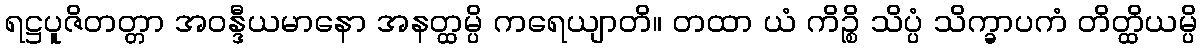
ရဋ္ဌပူဇိတတ္တာ အဝန္ဒီယမာနော အနတ္ထမ္ပိ ကရေယျာတိ။ တထာ ယံ ကိဉ္စိ သိပ္ပံ သိက္ခာပကံ တိတ္ထိယမ္ပိ